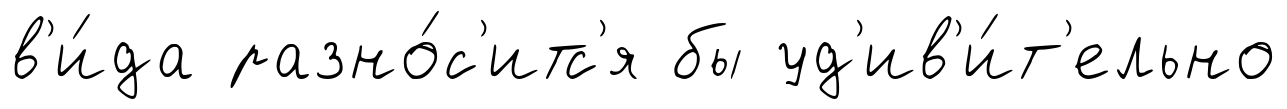
в'и́да разно́с'итс'я бы уд'ив'и́т'ельно